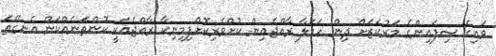
ވައިގެ ސިފައިންގެ މަރުކަޒަށް ދިން ހަމަލާ ރާއްޖެއިން ކުށްވެރިކޮށްފިމިނިކާ ރާއްޖެއަކީ ކޮންތަނެއްކަން އެނގޭތަ